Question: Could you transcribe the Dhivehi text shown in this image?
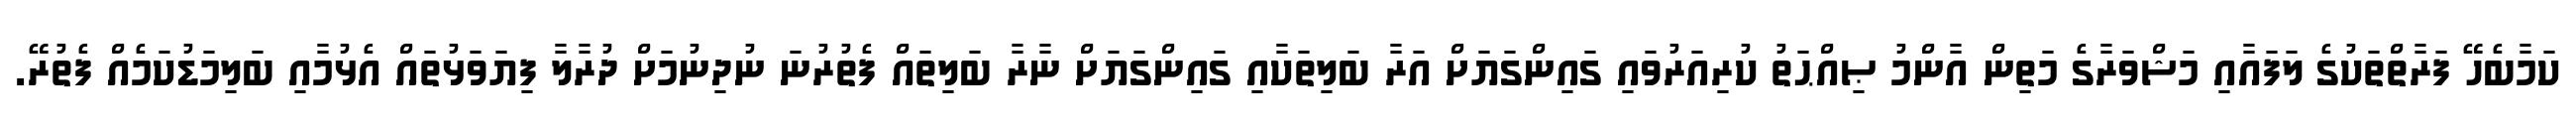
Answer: ކަމާބެހޭ ފަރާތްތަކުގެ ލަފައާއި މަޝްވަރާގެ މަތިން އާންމު ޞިއްޙަތު ކުރިއަރުވައި ގައިންގަޔަށް އަރާ ބަލިތަކާއި ގައިންގަޔަށް ނާރާ ބަލިތައް ފެތުރުނަ ނުދިނުމަށް ދުރާލާ ފިޔަވަޅުތައް އެޅުމާއި ބަލިމަޑުކަމެއް ފެތުރޭ.